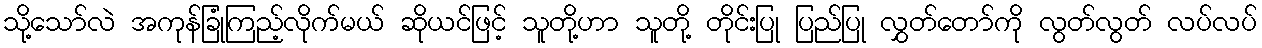
သို့သော်လဲ အကုန်ခြုံကြည့်လိုက်မယ် ဆိုယင်ဖြင့် သူတို့ဟာ သူတို့ တိုင်းပြု ပြည်ပြု လွှတ်တော်ကို လွတ်လွတ် လပ်လပ်